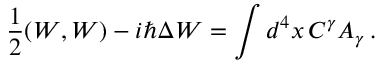
{ \frac { 1 } { 2 } } ( W , W ) - i \hbar \Delta W = \int d ^ { 4 } x \, C ^ { \gamma } A _ { \gamma } \, .